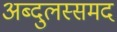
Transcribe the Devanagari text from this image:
अब्दुलस्समद